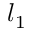
l _ { 1 }